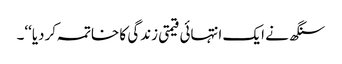
سنگھ نے ایک انتہائی قیمتی زندگی کا خاتمہ کردیا‘‘۔